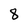
Character: 8